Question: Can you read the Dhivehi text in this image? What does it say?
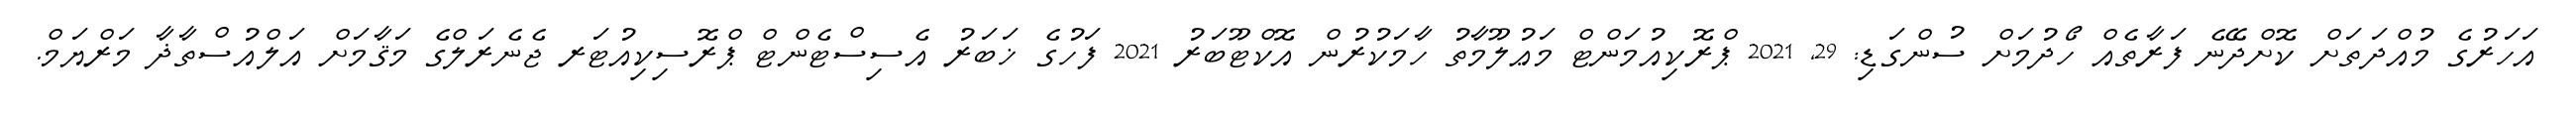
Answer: އަހަރުގެ މުއްދަތަށް ކޮށްދޭނެ ފަރާތެއް ހޯދުމަށް ސުންގަޑި: 29, 2021 ޕްރޮކިއުމަންޓް މަޢުލޫމާތު ހާމަކުރުން އޮކްޓޫބަރު 2021 ފަހުގެ ޚަބަރު އެސިސްޓެންޓް ޕްރޮސިކިއުޓަރ ޖެނެރަލްގެ މަޤާމަށް އަލްއުސްތާޛާ މަރްޔަމް.